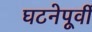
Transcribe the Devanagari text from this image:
घटनेपूर्वी